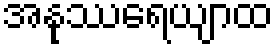
အနုဿရေယျာထ